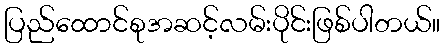
ပြည်ထောင်စုအဆင့်လမ်းပိုင်းဖြစ်ပါတယ်။